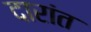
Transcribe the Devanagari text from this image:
दारांत